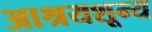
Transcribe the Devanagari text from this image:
आश्रयशून्य